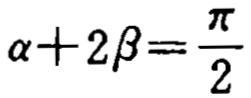
\(\alpha + 2\beta=\frac{\pi}{2}\)